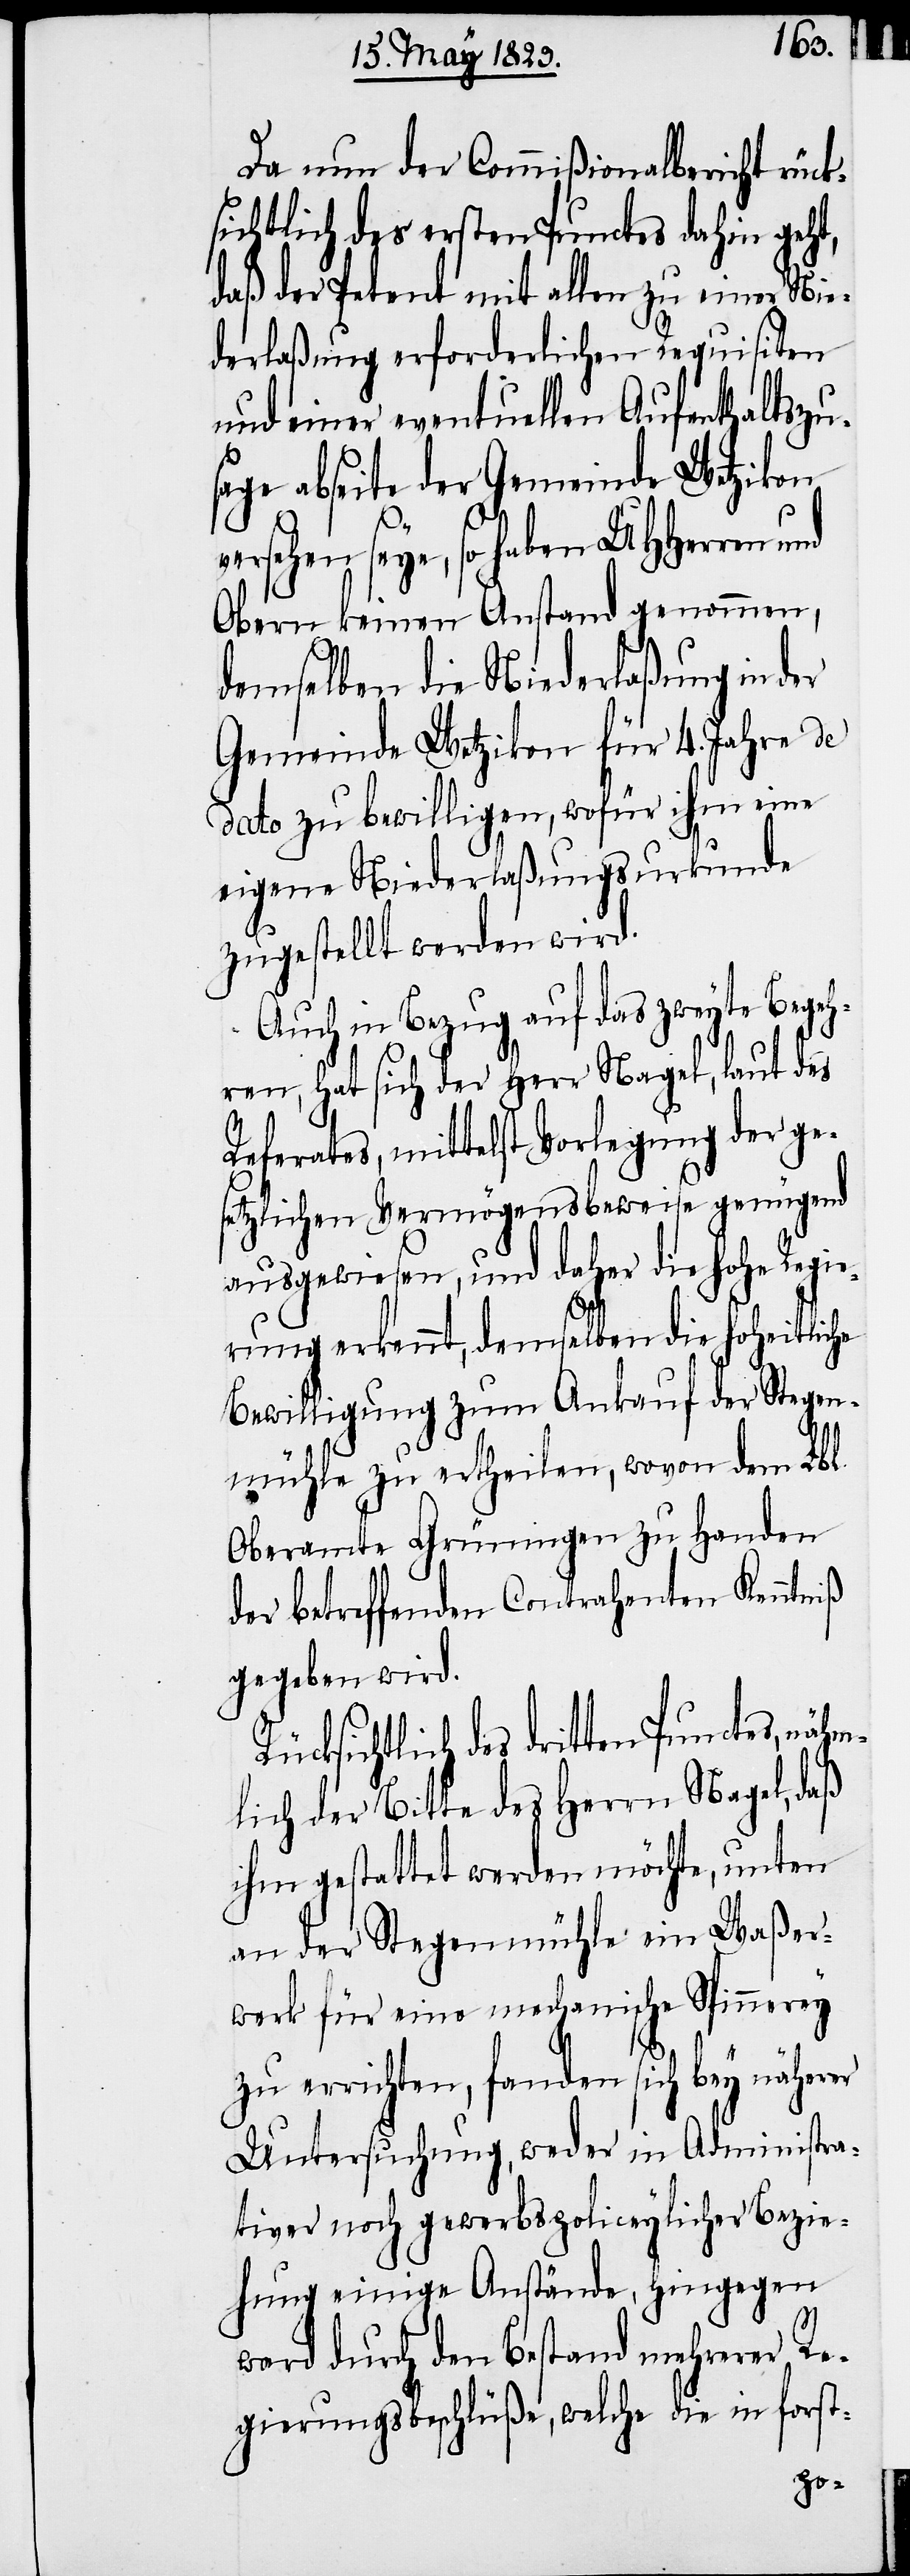
Da nun der Commißionalbericht rück¬
sichtlich des ersten Punctes dahin geht,
daß der Petent mit allen zu einer Nie¬
derlaßung erforderlichen Requisiten
und einer eventuellen Aufenthaltszu¬
sage abseite der Gemeinde Wetzikon
rsehen seye, so haben UHHerren
Obern keinen Anstand genommen,
demselben die Niederlaßung in der
Gemeinde Wetzikon für 4. Jahre de
dato zu bewilligen, wofür ihm eine
eigene Niederlaßungsurkunde
zugestellt werden wird.
Auch in Bezug auf das zweyte Begeh¬
ren, hat sich der Herr Nagel, laut des
Referates, mittelst Vorlegung der ge¬
setzlichen Vermögensbeweise genügend
ausgewiesen, und daher die hohe Regie¬
rung erkennt, demselben die hoheitliche
Bewilligung zum Ankauf der Stegen¬
mühle zu ertheilen, wovon dem Lbl.
Oberamte Grüningen zu Handen
der betreffenden Contrahenten Kenntniß
gegeben wird.
Rücksichtlich des dritten Punctes, nähm¬
lich der Bitte des Herrn Nagel, daß
ihm gestattet werden möchte, unten
an der Stegenmühle ein Waßer¬
werk für eine mechanische Spinnerey
zu errichten, fanden sich bey näher¬
Untersuchung, weder in Administra¬
tiver noch gewerbspoliceylicher Bezie¬
hung einige Anstände, hingegen
er
ward durch den Bestand mehrerer Re¬
gierungsbeschlüße, welche die in forst-
ve¬